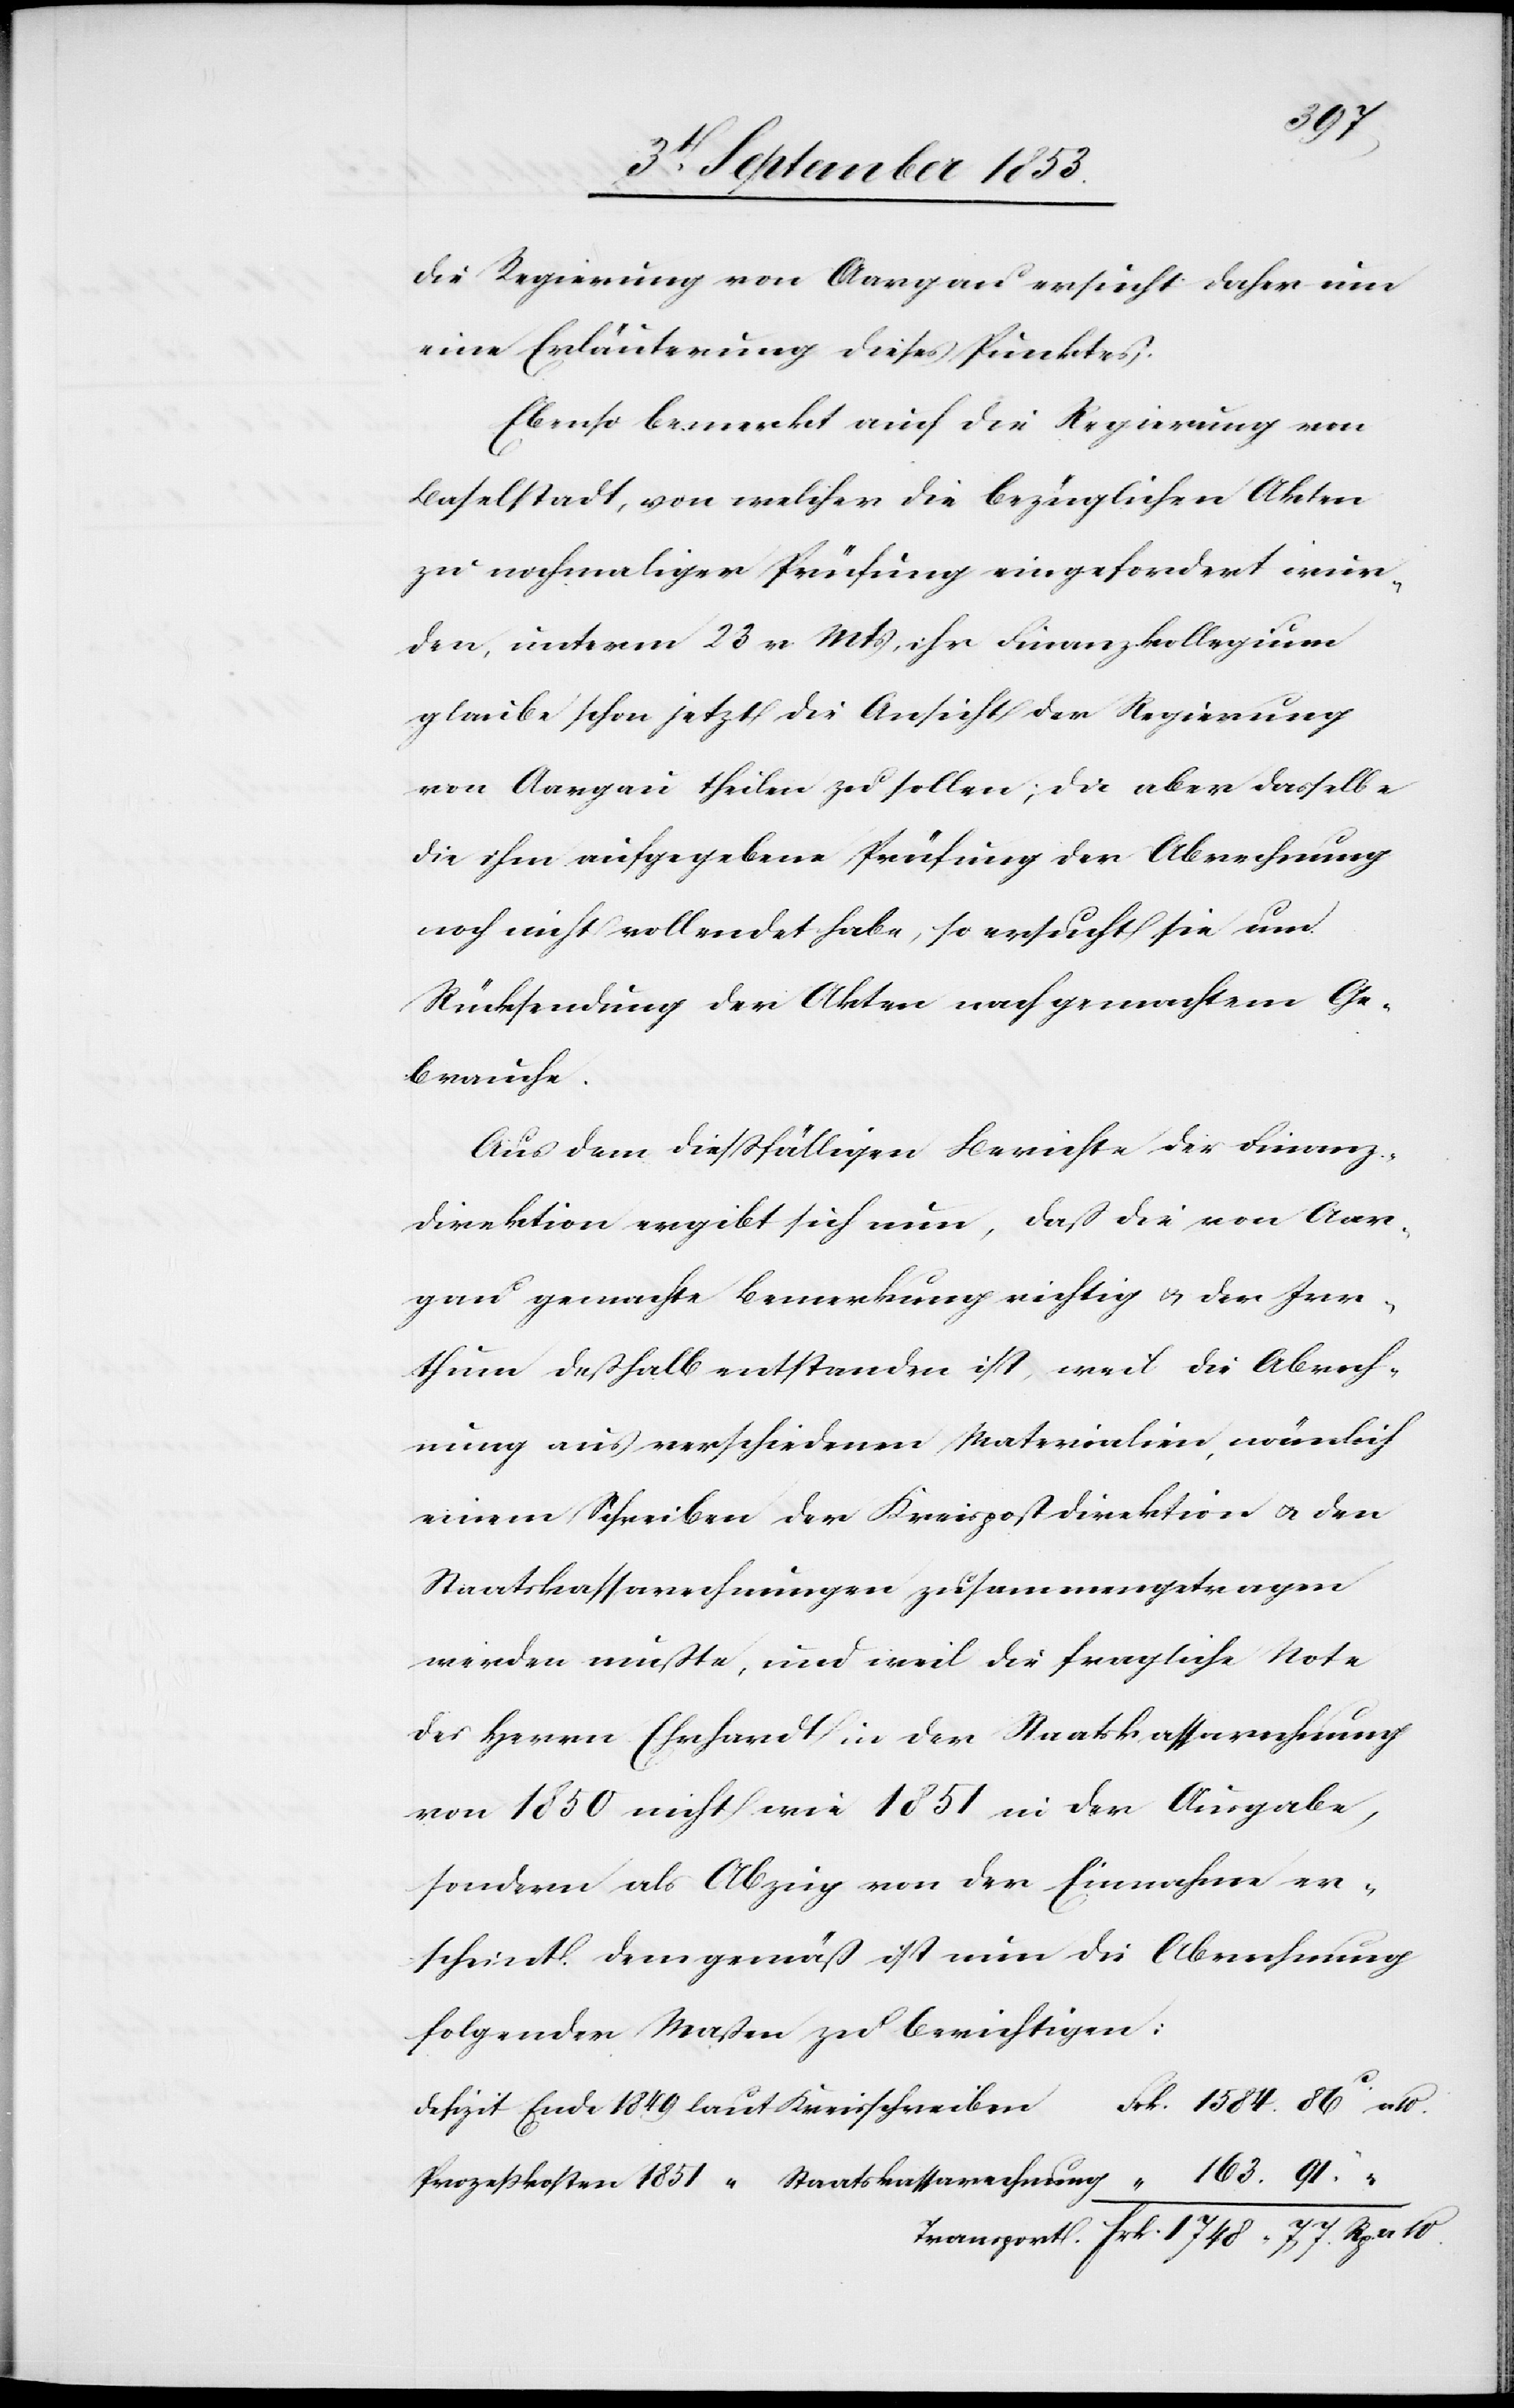
Die Regierung von Aargau ersucht daher um
eine Erläuterung dieses Punktes.
Ebenso bemerkt auch die Regierung von
Baselstadt, von welcher die bezüglichen Akten
zu nochmaliger Prüfung eingefordert wur¬
den, unterm 23 v. Mts., ihr Finanzkollegium
glaube schon jetzt die Ansicht der Regierung
von Aargau theilen zu sollen, da aber dasselbe
die ihm aufgegebene Prüfung der Abrechnung
noch nicht vollendet habe, so ersucht sie um
Rücksendung der Akten nachgemachtem Ge¬
brauche.
Aus dem diesfälligen Berichte der Finanz¬
direktion ergibt sich nun, daß die von Aar¬
gau gemachte Bemerkung richtig u. der Irr¬
thum deßhalb entstanden ist, weil die Abrech¬
nung aus verschiedenen Materialien, nämlich
einem Schreiben der Kreispostdirektion u. den
Staatskassarechnungen zusammengetragen
werden mußte, und weil die fragliche Note
des Herrn Ehrhardt in der Staatskassarechnung
von 1850 nicht wie 1851 in der Ausgabe,
sondern als Abzug von der Einnahme er¬
scheint. Dem gemäß ist nun die Abrechnung
folgender Maßen zu berichtigen:
Defizit Ende 1849 laut Kreisschreiben					Frk. 1584. 86c n
Prozeßkosten 1851 “ Staatskassarechnung					“	 163. 91“ “
Transport	Frk. 1748. 77 Rp. n